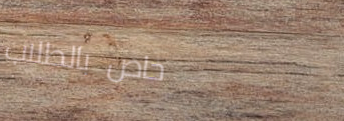
خاص بالطلاب